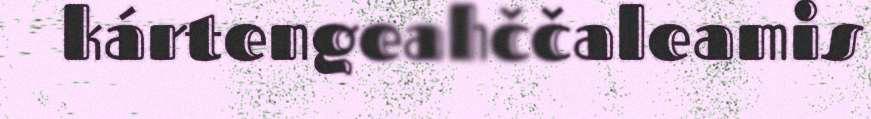
kártengeahččaleamis